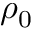
\rho _ { 0 }